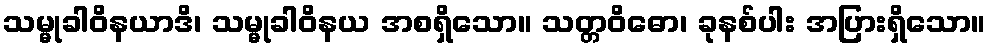
သမ္မုခါဝိနယာဒိ၊ သမ္မုခါဝိနယ အစရှိသော။ သတ္တဝိဓော၊ ခုနစ်ပါး အပြားရှိသော။